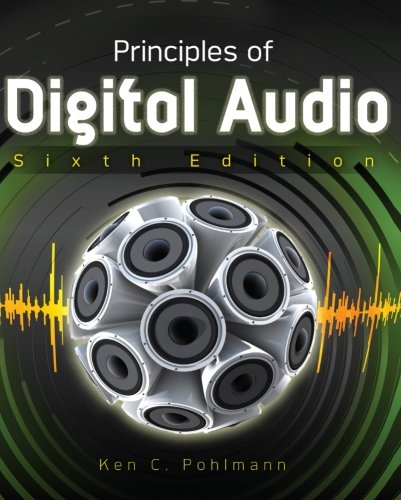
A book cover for Principles of Digital Audio, Sixth Edition (Digital Video/Audio); Ken Pohlmann; Computers & Technology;